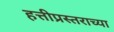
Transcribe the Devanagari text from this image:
हत्तीप्रस्तराच्या